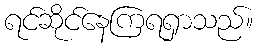
ရင်ဆိုင်နေကြရရှာသည်။